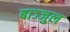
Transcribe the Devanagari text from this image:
बाञ्जुल